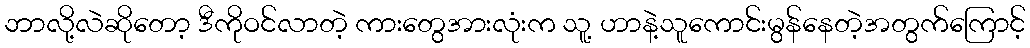
ဘာလို့လဲဆိုတော့ ဒီကိုဝင်လာတဲ့ ကားတွေအားလုံးက သူ့ ဟာနဲ့သူကောင်းမွန်နေတဲ့အတွက်ကြောင့်